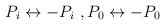
\begin{align*}P_i \leftrightarrow - P_i\ , P_0 \leftrightarrow -P_0\end{align*}